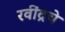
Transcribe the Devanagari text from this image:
रवींद्रचे